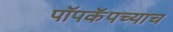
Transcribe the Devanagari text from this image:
पॉपकॅपच्याच